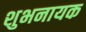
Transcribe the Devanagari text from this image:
शुभनायक